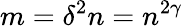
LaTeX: m=\delta^{2}n=n^{2\gamma}